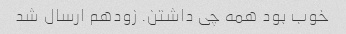
خوب بود همه چی داشتن. زودهم ارسال شد